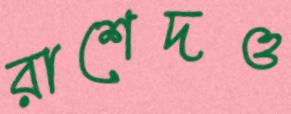
রাশেদও